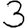
Digit: 3